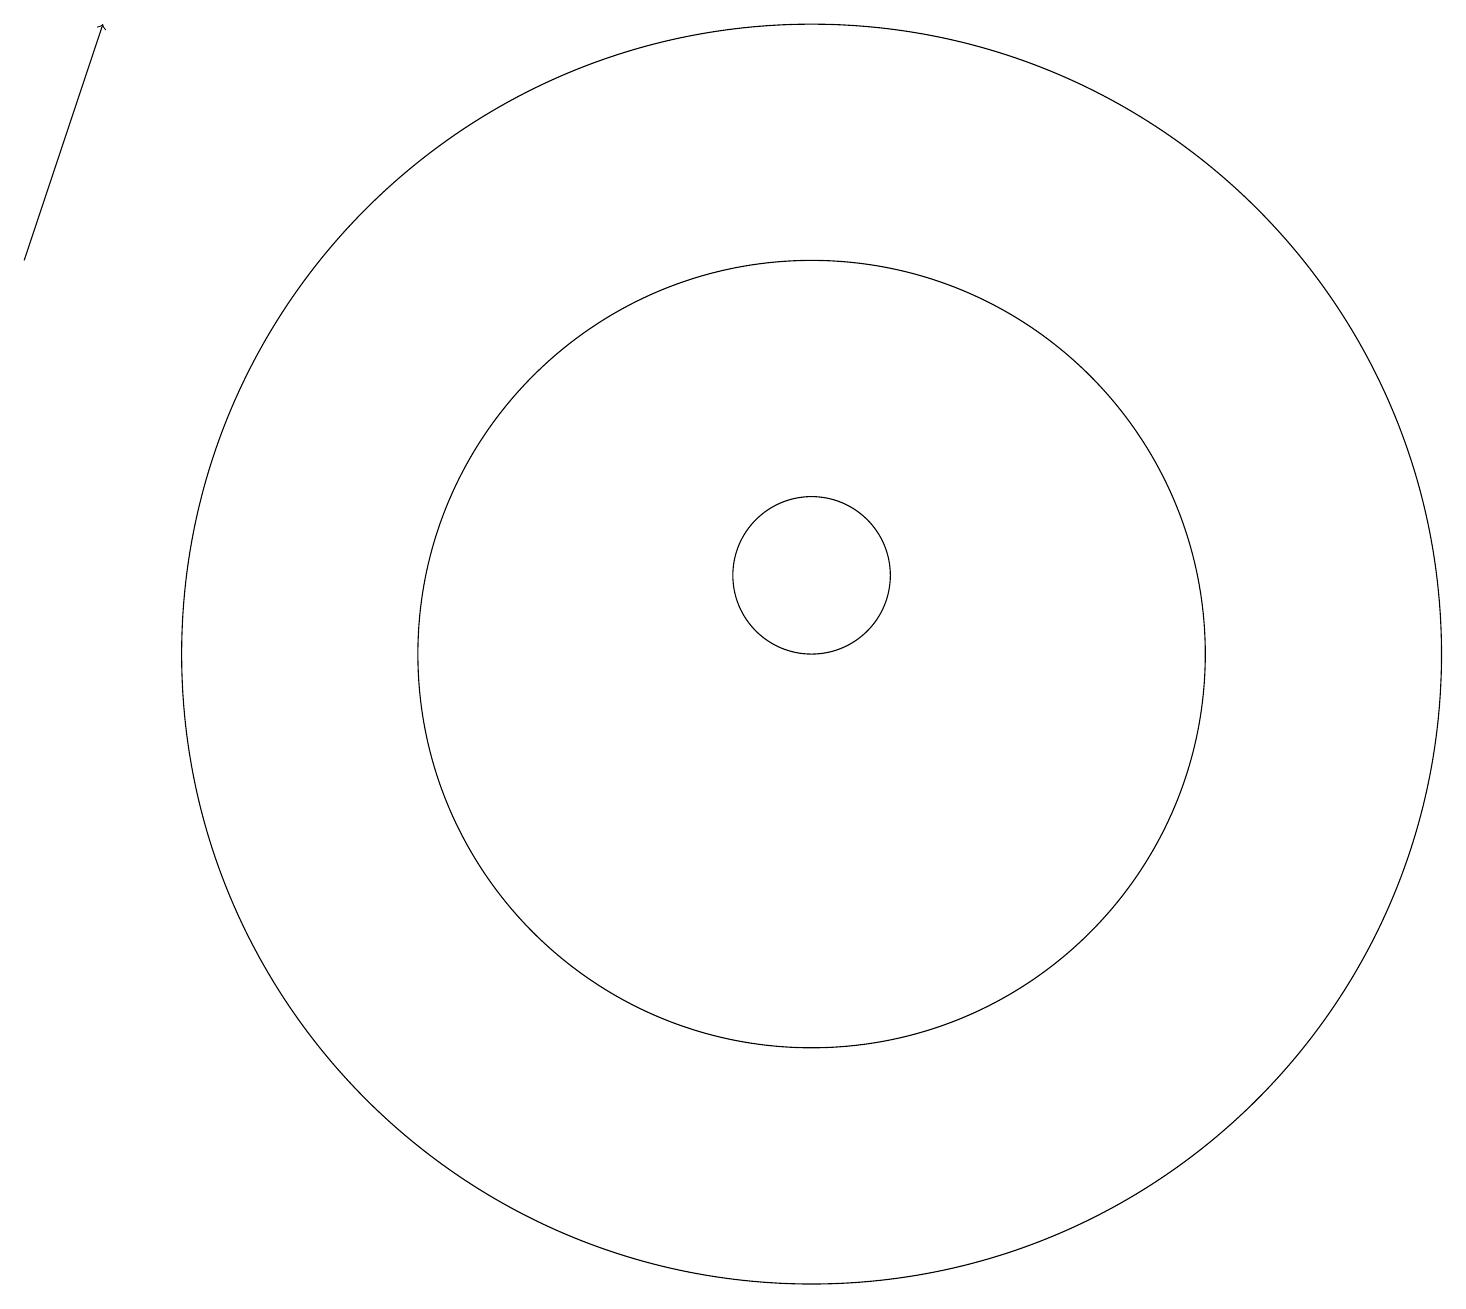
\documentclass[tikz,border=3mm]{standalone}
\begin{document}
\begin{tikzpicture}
\draw (10,11) circle (1);
\draw[->] (0,15) -- (1,18);
\draw (10,10) circle (5);
\draw (10,10) circle (8);
\draw (11,11) circle (0);
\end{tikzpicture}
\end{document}